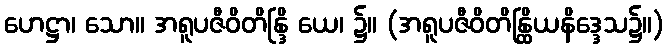
ဟေဋ္ဌာ၊ သော။ အရူပဇီဝိတိန္ဒြိ ယေ၊ ၌။ (အရူပဇီဝိတိန္ထြိယနိဒ္ဒေသ၌။)